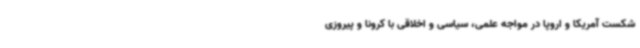
شکست آمریکا و اروپا در مواجه علمی، سیاسی و اخلاقی با کرونا و پیروزی